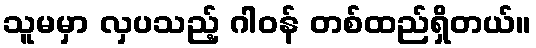
သူမမှာ လှပသည့် ဂါဝန် တစ်ထည်ရှိတယ်။